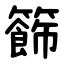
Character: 籂